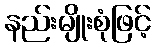
နည်းမျိုးစုံဖြင့်